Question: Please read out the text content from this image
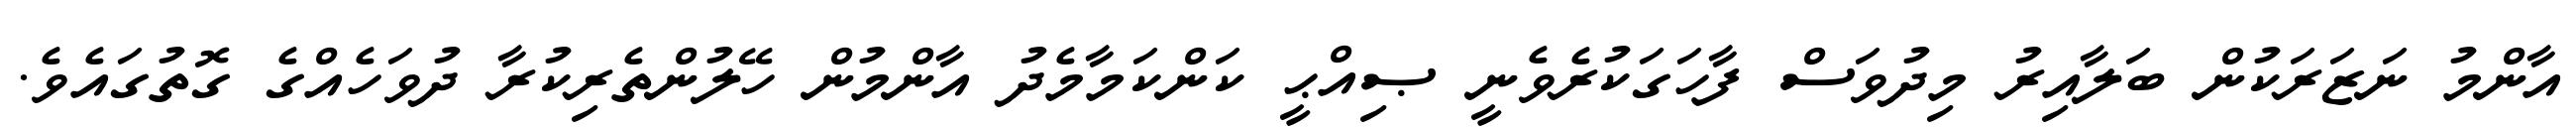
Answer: އާންމު ނަޒަރަކުން ބަލާއިރު މިދުވަސް ފާހަގަކުރެވެނީ ޞިއްޙީ ކަންކަމާމެދު އާންމުން ހޭލުންތެރިކުރާ ދުވަހެއްގެ ގޮތުގައެވެ.